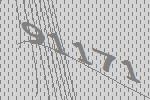
91171